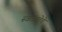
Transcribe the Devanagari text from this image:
स्वतंत्रतेचे